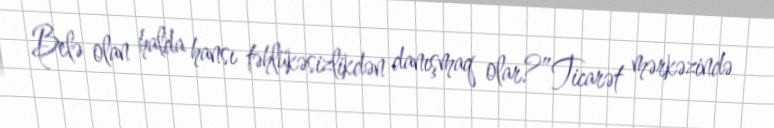
Belə olan halda hansı təhlükəsizlikdən danışmaq olar?”Ticarət mərkəzində